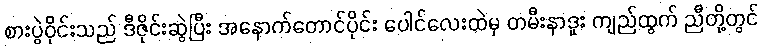
စားပွဲဝိုင်းသည် ဒီဇိုင်းဆွဲပြီး အနောက်တောင်ပိုင်း ပေါင်လေးထဲမှ တမီးနာဒူး ကျည်ထွက် ညီတို့တွင်